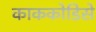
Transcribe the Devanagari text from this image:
काककोडिसे